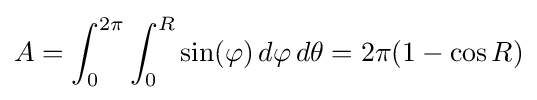
A=\int _{0}^{2\pi }\int _{0}^{R}\sin(\varphi )\,d\varphi \,d\theta =2\pi (1-\cos R)